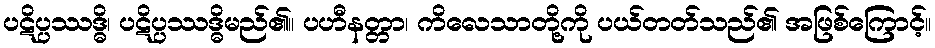
ပဋိပ္ပဿဒ္ဓိ၊ ပဋိပ္ပဿဒ္ဓိမည်၏။ ပဟီနတ္တာ၊ ကိလေသာတို့ကို ပယ်တတ်သည်၏ အဖြစ်ကြောင့်။